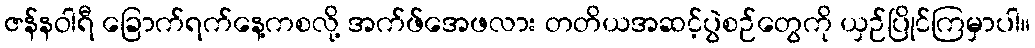
ဇန်နဝါရီ ခြောက်ရက်နေ့ကစလို့ အက်ဖ်အေဖလား တတိယအဆင့်ပွဲစဉ်တွေကို ယှဉ်ပြိုင်ကြမှာပါ။